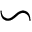
\backsim